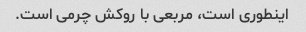
اینطوری است، مربعی با روکش چرمی است.